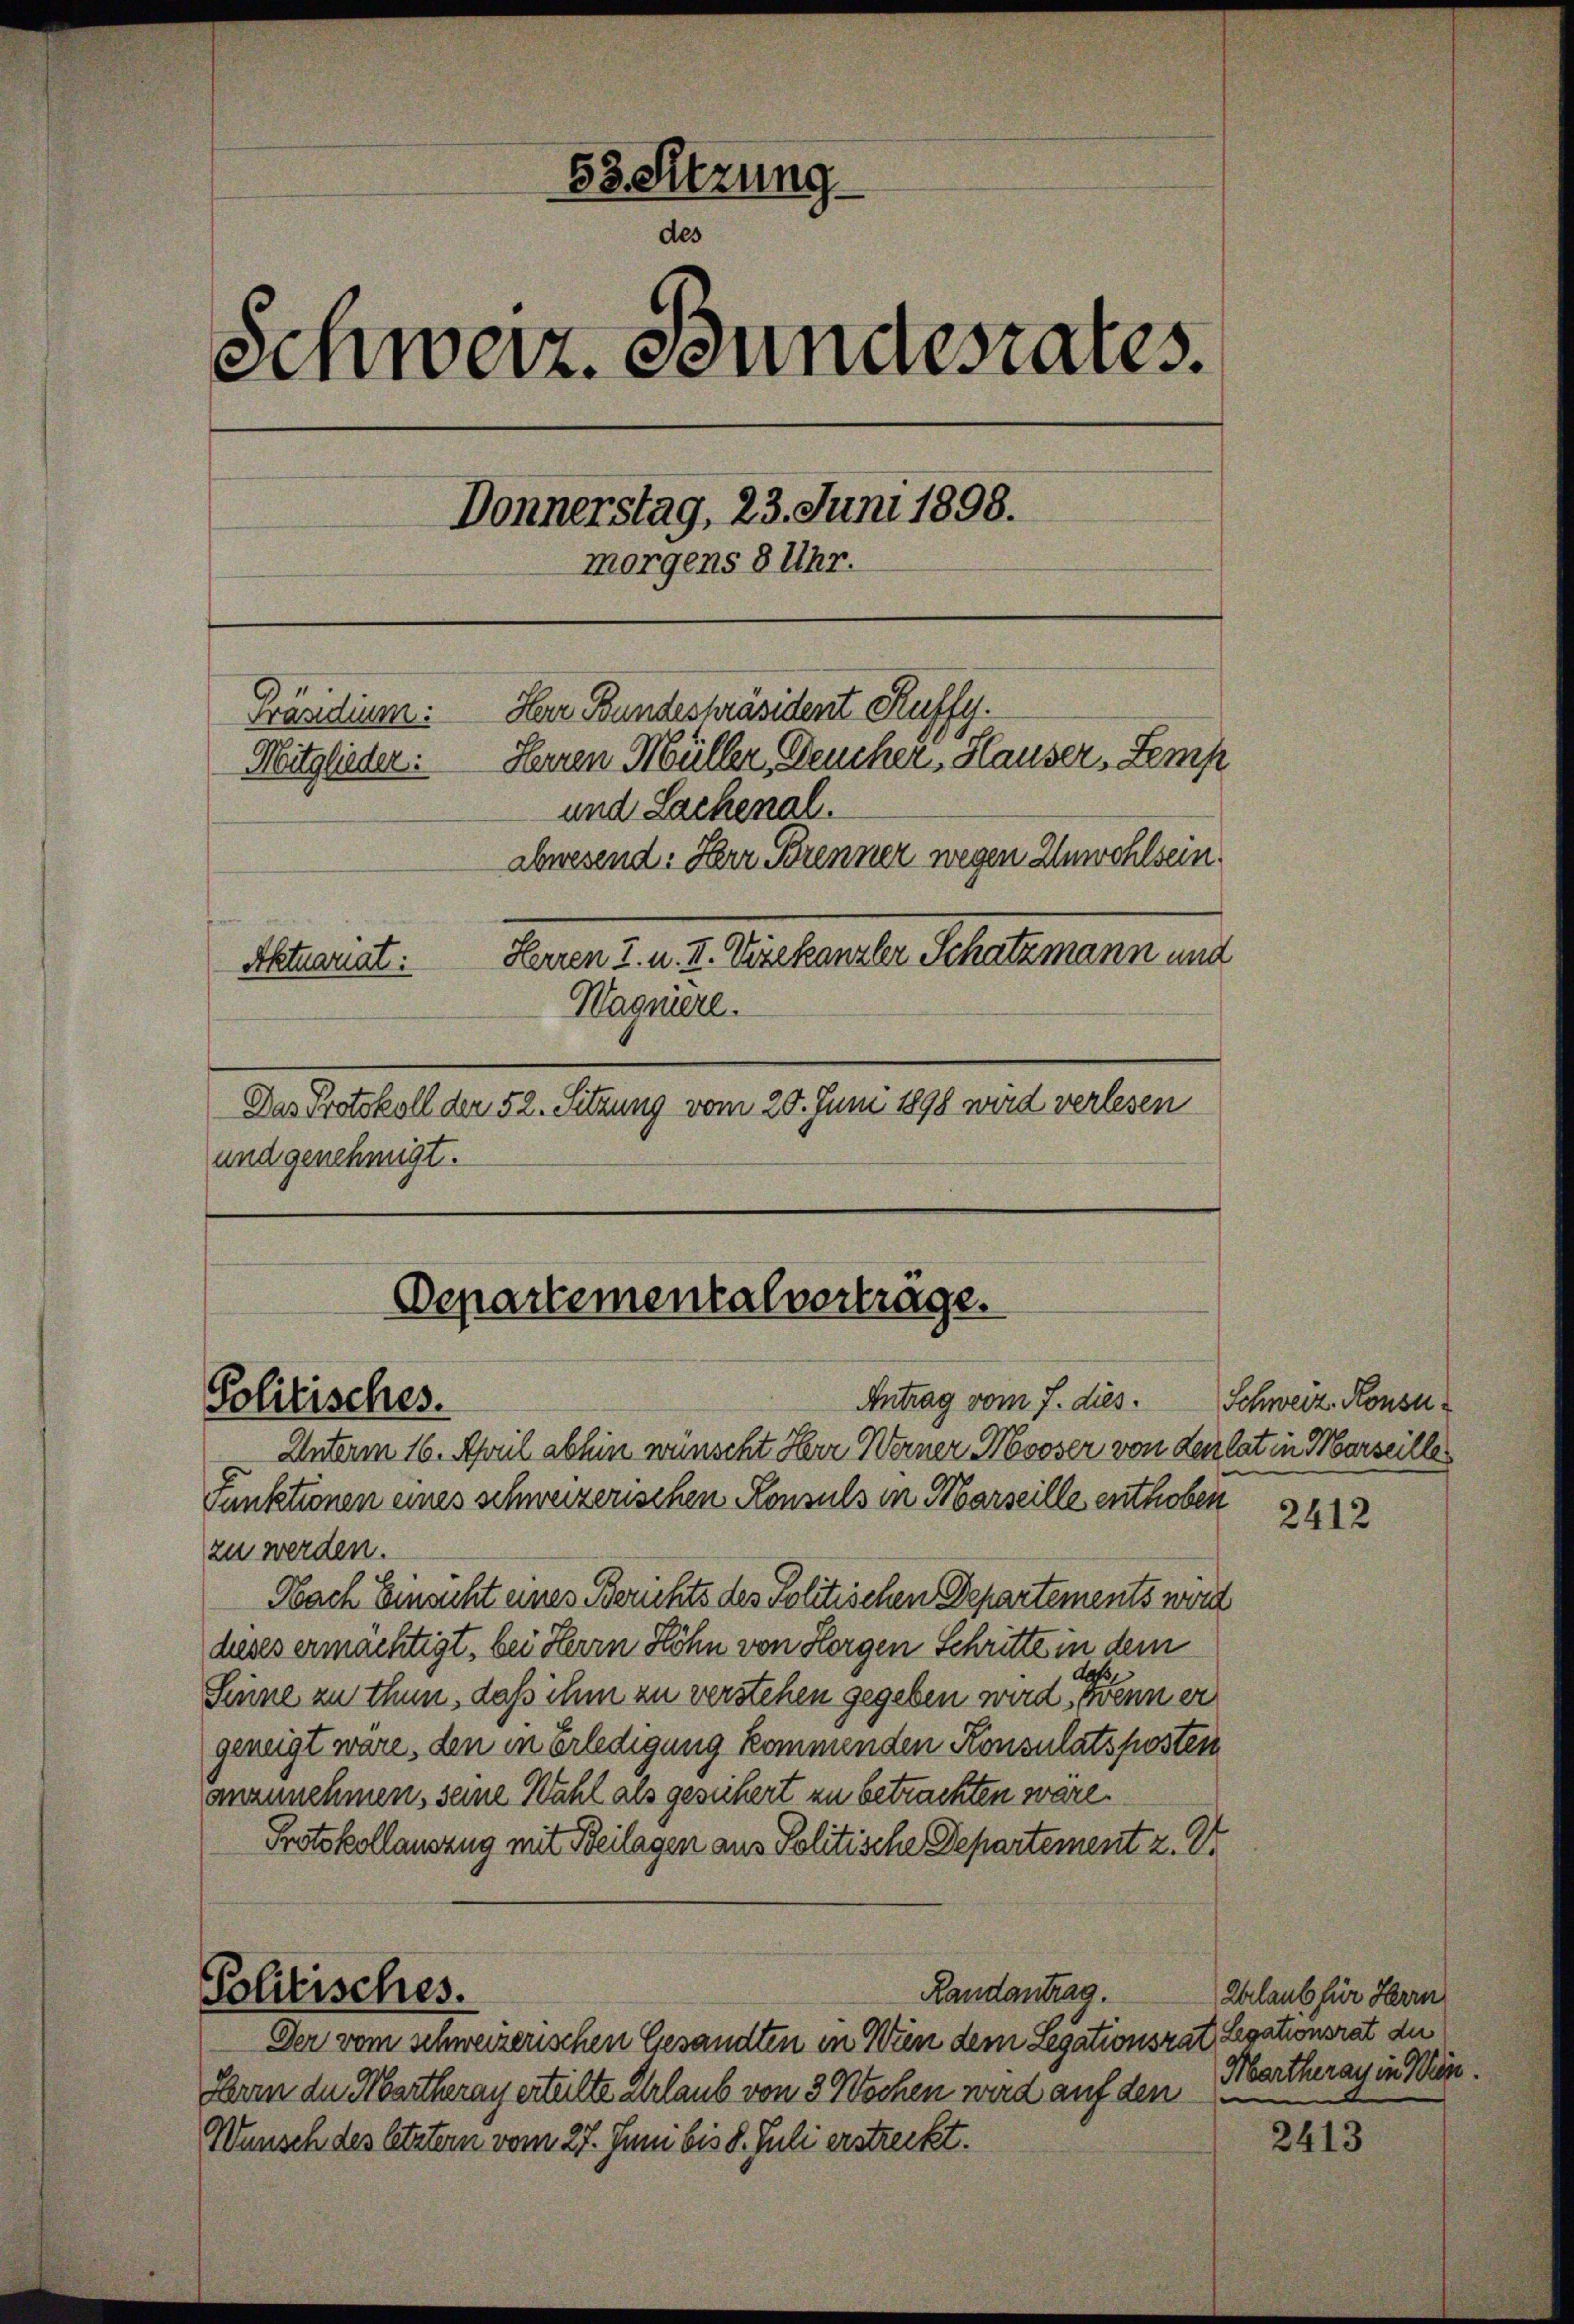
53. Sitzung.
des
Schweiz. Bundesrates.
Donnerstag, 23. Juni 1898.
morgens 8 Uhr.
Har Bundespräsident Kuffy.
Präsidium:
Herren Müller, Deucher, Hauser, Semp
Mitglieder:
und Lachenal.
abwesend: Herr Brenner wegen Unwohlsein.
Herren I. u. II. Vizekanzler Schatzmann und
Aktuariat:
Wagniere.

Das Protokoll den 52. Setzung vom 20. Juni 1898 wird verlesen
und genehmigt.

Departementalvertrage.
Antrag vom 7. dies.
Politisches.

Unterm 16. April abhin wünscht Herr Werner Mooser von Leirlat in Marseille
Funktionen eines schweizerischen Konsuls in Marseille enthoben
zu werden.
Nach Einsicht eines Berichts des Politischen Departements werd
dieses ermächtigt, bei Herrn Höhn von Horgen Schritte in dem
daß
Sinne zu thun, daß ihm zu verstehen gegeben wird, wenn er
geneigt wäre, den in Erledigung kommenden Konsulats posten
anzunehmen, seine Wahl als gesichert zu betrachten wäre.
Protokollandzug mit Beilagen aus Politische Departement z. Dr.
Politisches.
Randantrag.
Der vom schweizerischen Gesandten in Wien dem Legationsrat
Heren den Martherau erteilte Urlaub von 3 Wochen wird auf den
e
Wunsch des letztern vom 27. Juni bis 8. Juli erstreckt.

Schweiz. Konsu

2412

Zurlaub für Herrn
Legationsrat die
Martherau in Wein.

2413